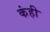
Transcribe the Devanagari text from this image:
कंही